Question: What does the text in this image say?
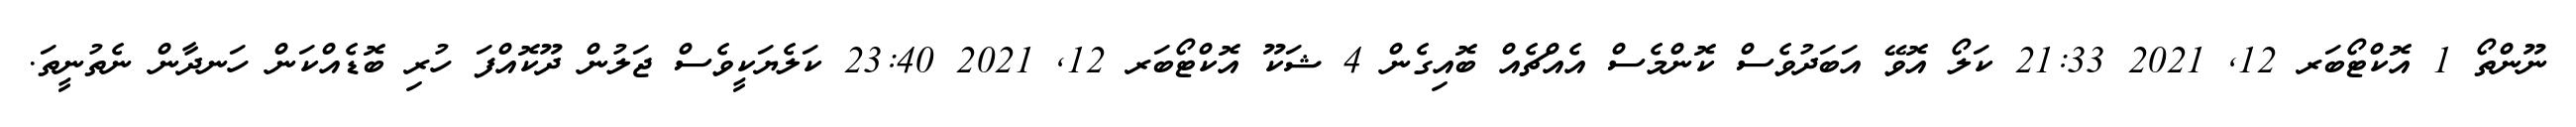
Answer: ނޫންތޯ 1 އޮކްޓޯބަރ 12, 2021 21:33 ކަލޯ އޮވޭ އަބަދުވެސް ކޮންމެސް އެއްޗެއް ބޮއިގެން 4 ޝަކޫ އޮކްޓޯބަރ 12, 2021 23:40 ކަލެޔަކީވެސް ޖަލުން ދޫކޮއްފަ ހުރި ބޮޑެއްކަން ހަނދާން ނެތުނީތަ.